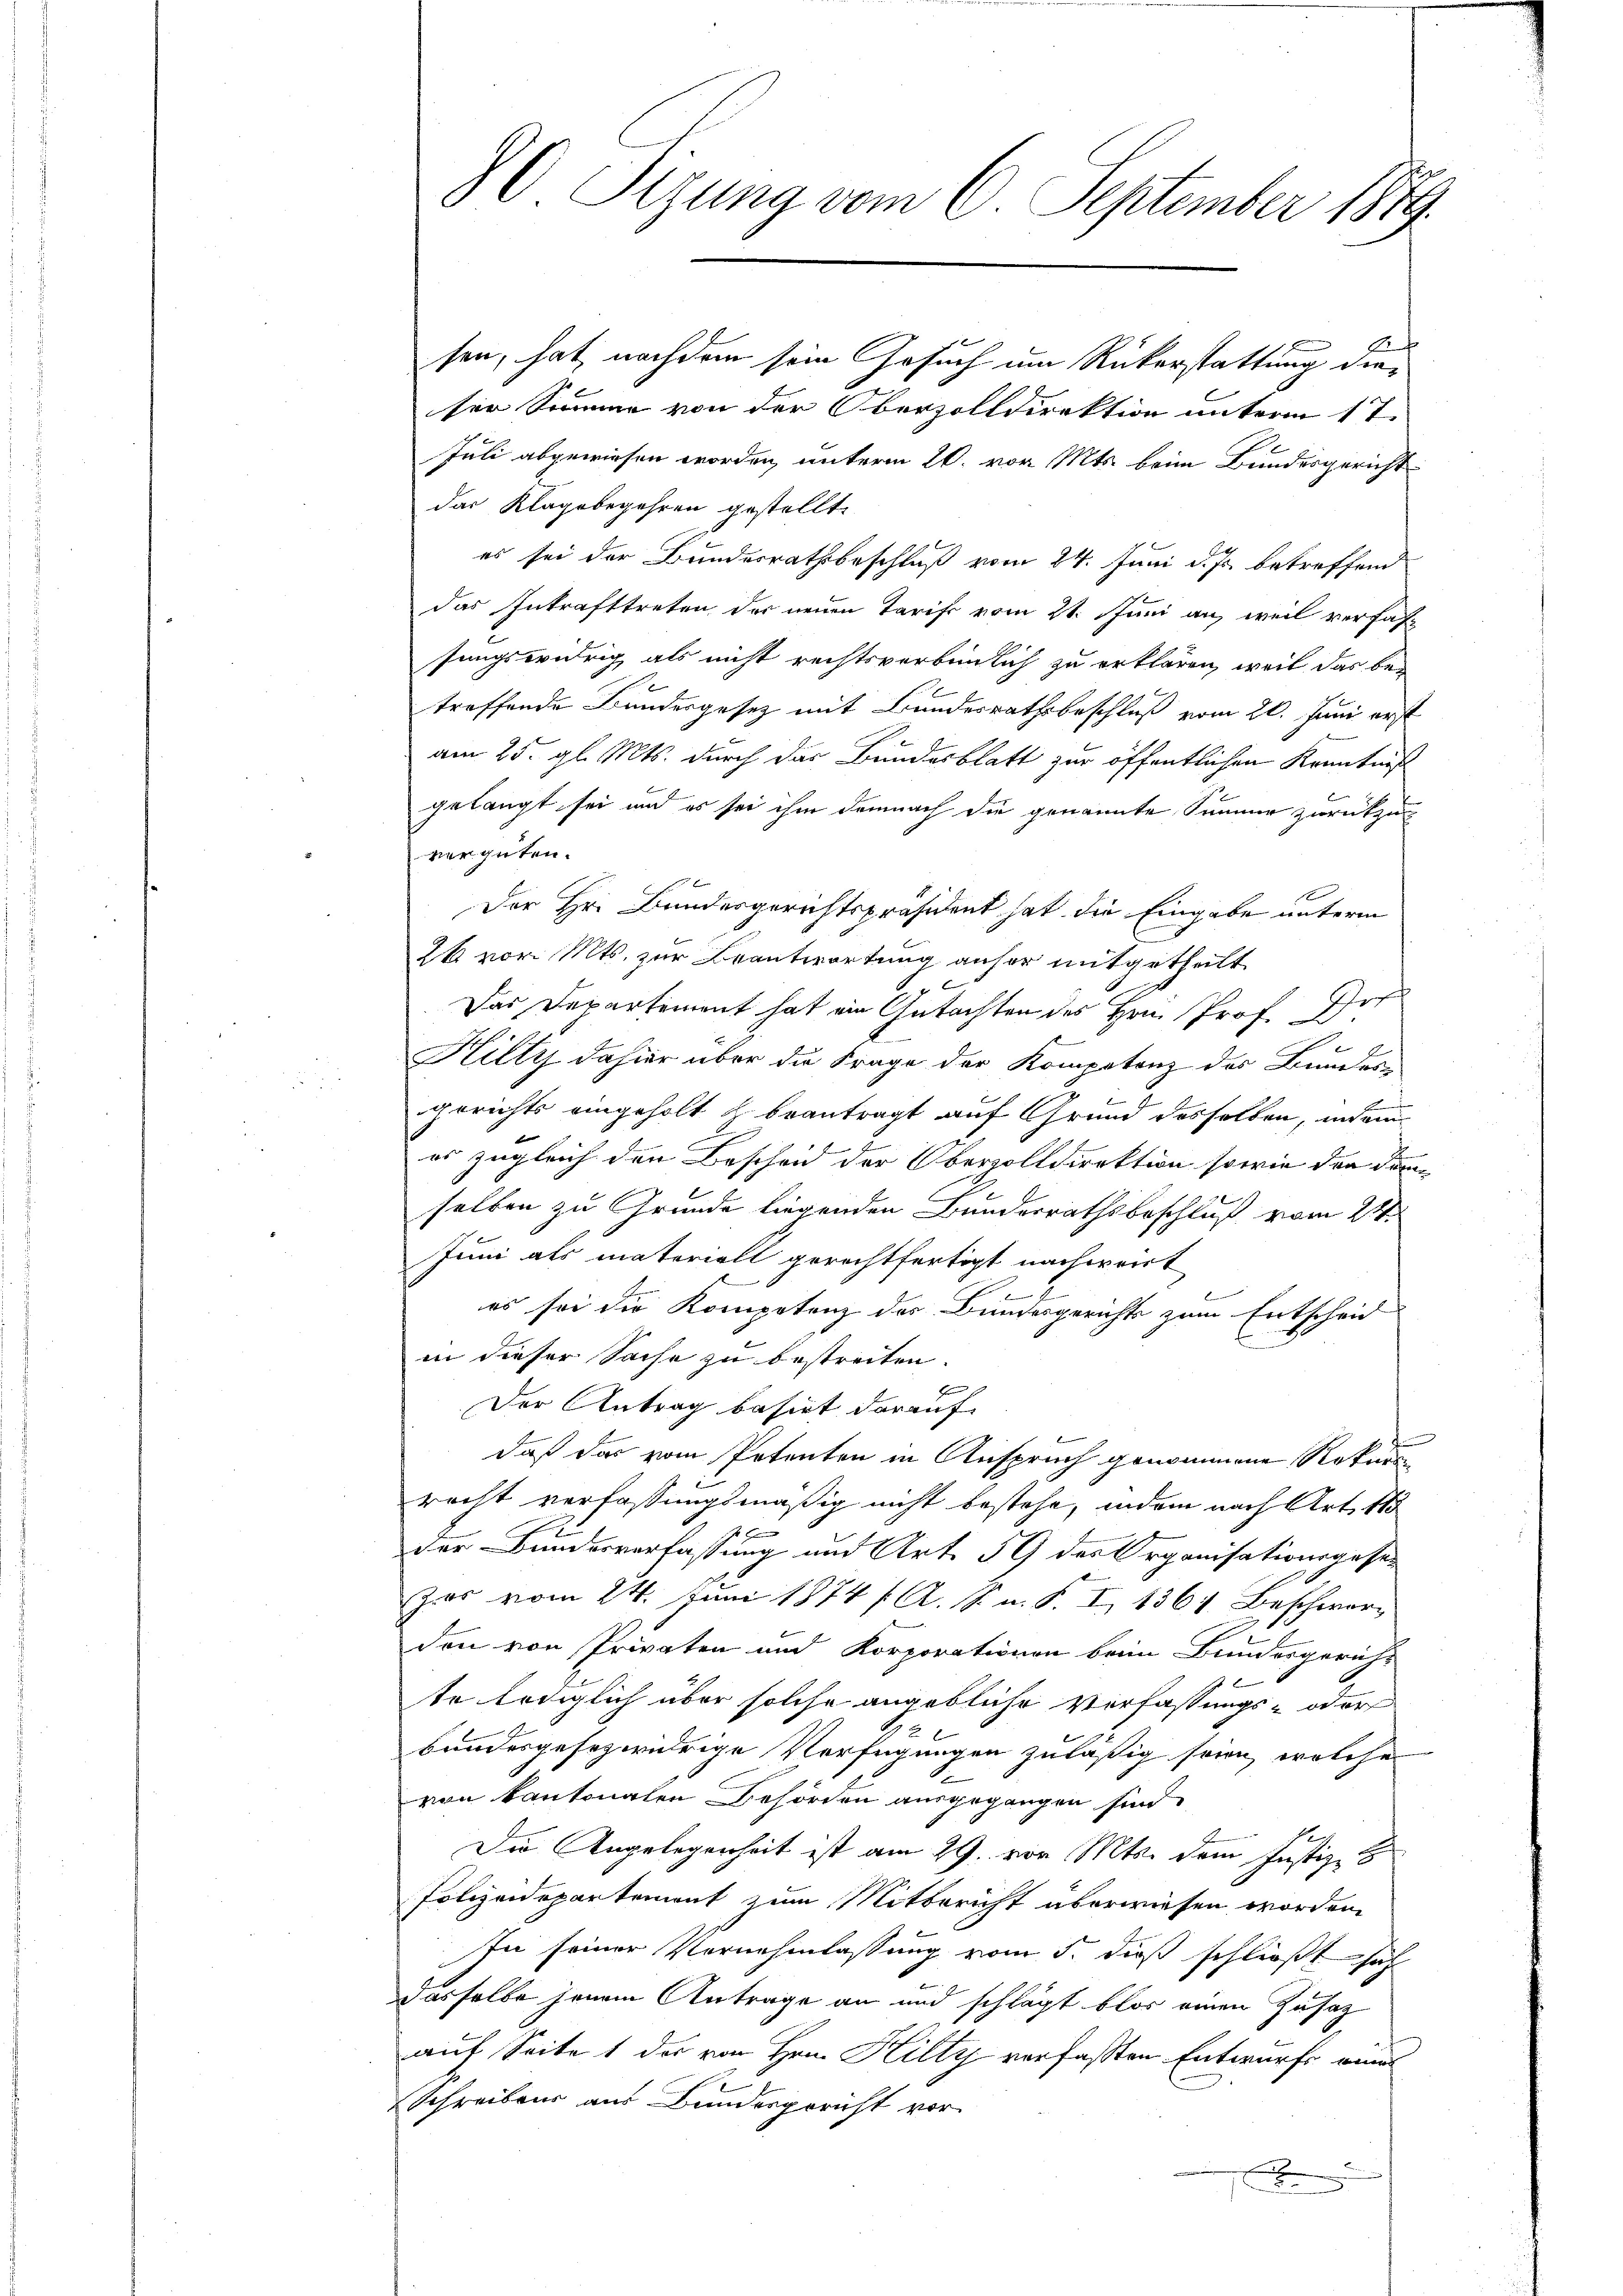
80 Sizung vom 6. September 1899.

f
sen, hat, nachdem sein Gesuch um Rükerstattung dieser Summe von der Oberzolldirektion unterm 17.
Juli abgewiesen worden, unterm 20. vor. Mts. beim Bundesgericht
das Klagebegehren gestellt.
es sei der Bundesrathsbeschluß vom 24. Juni d. Js. betreffend
das Inkrafttreten der neuen Tarift vom 21. Juni an, weil verfassungswidrig als nicht rechtsverbindlich zu erklären, weil das bei
treffende Bundesgesetz mit Bundesrathsbeschluß vom 20. Juni erst
am 25. gl. Mts. durch das Bundesblatt zur öffentlichen Kenntniß
gelangt sei und es sei ihm demnach die genannte Summer zurückzuvergüten.
Der Hr. Bundesgerichtspräsident hat die Eingabe unterm
k vor. Mts. zur Beantwortung anher mitgetheilt
c
Das Departement hat ein Gutachten des Hrn. Prof. Hor
Hilty dahier über die Frage der Kompetenz des Bunder
in G
gerichts eingeholt & beantragt auf Grund desselben, indem
es zugleich den Bescheid der Obervolldirektion sowie der dam
selben zu Grunde liegenden Bundesrathsbeschluß vom 21.
Juni als materiell gerechtfertigt nachweist
es sei die Kompetenz des Bundesgerichts zum Entscheid
in dieser Sache zu bestreiten.
Der Antrag basiet darauf
daß das vom Petenten in Anspruch genommene Rekurs
recht verfassungsmäßig nicht bestehe, indem nach Art. 115

der Bundesverfassung und Art. 59 des Organisationsgeset
zes vom 24. Juni 1874 / A. R. n. F. I 1364. Beschworden von Privaten und Korporationen beim Bundesgericht
2
te lediglich über solche angebliche Verfassungs- oder
.
bundesgesezwidrige Verfügungen zuläßig sein, welche
von kantonalen Behörden ausgegangen sind.
Die Angelegenheit ist am 29. von Mts. dem Justiz- &
Polizeidepartement zum Mitbericht überwiesen worden.
In seiner Vernehmlassung vom 5. dieß schließt sah
dasselbe jenem Antrage an und schlägt blos einen Zusatz
auf Seite 1 der von Hrn. Hilty verfassen Entwurfe ein
Schreibens aus Bundesgericht vor
x